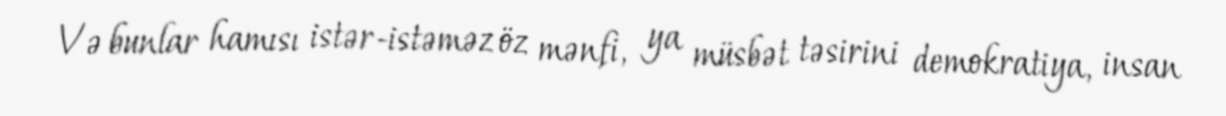
Və bunlar hamısı istər-istəməz öz mənfi, ya müsbət təsirini demokratiya, insan